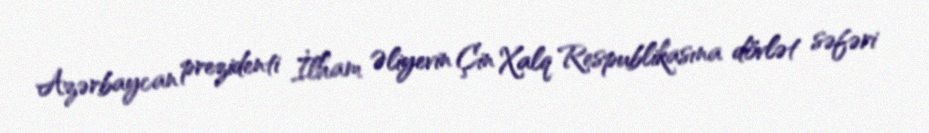
Azərbaycan prezidenti İlham Əliyevin Çin Xalq Respublikasına dövlət səfəri